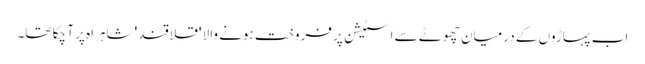
اب پہاڑوں کے درمیان چھوٹے سے اسٹیشن پر فروخت ہونے والا 'قلاقند' شاہراہ پر آ چکا تھا۔